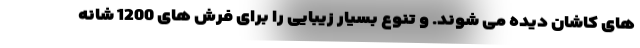
های کاشان دیده می شوند. و تنوع بسیار زیبایی را برای فرش های 1200 شانه